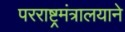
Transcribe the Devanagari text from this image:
परराष्ट्रमंत्रालयाने